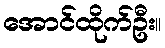
အောင်ထိုက်ဦး။